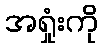
အရှုံးကို